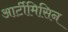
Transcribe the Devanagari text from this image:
आर्टीमिसिन